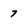
Character: 7